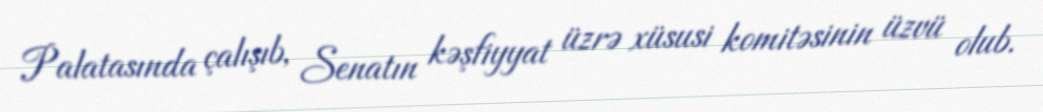
Palatasında çalışıb, Senatın kəşfiyyat üzrə xüsusi komitəsinin üzvü olub.